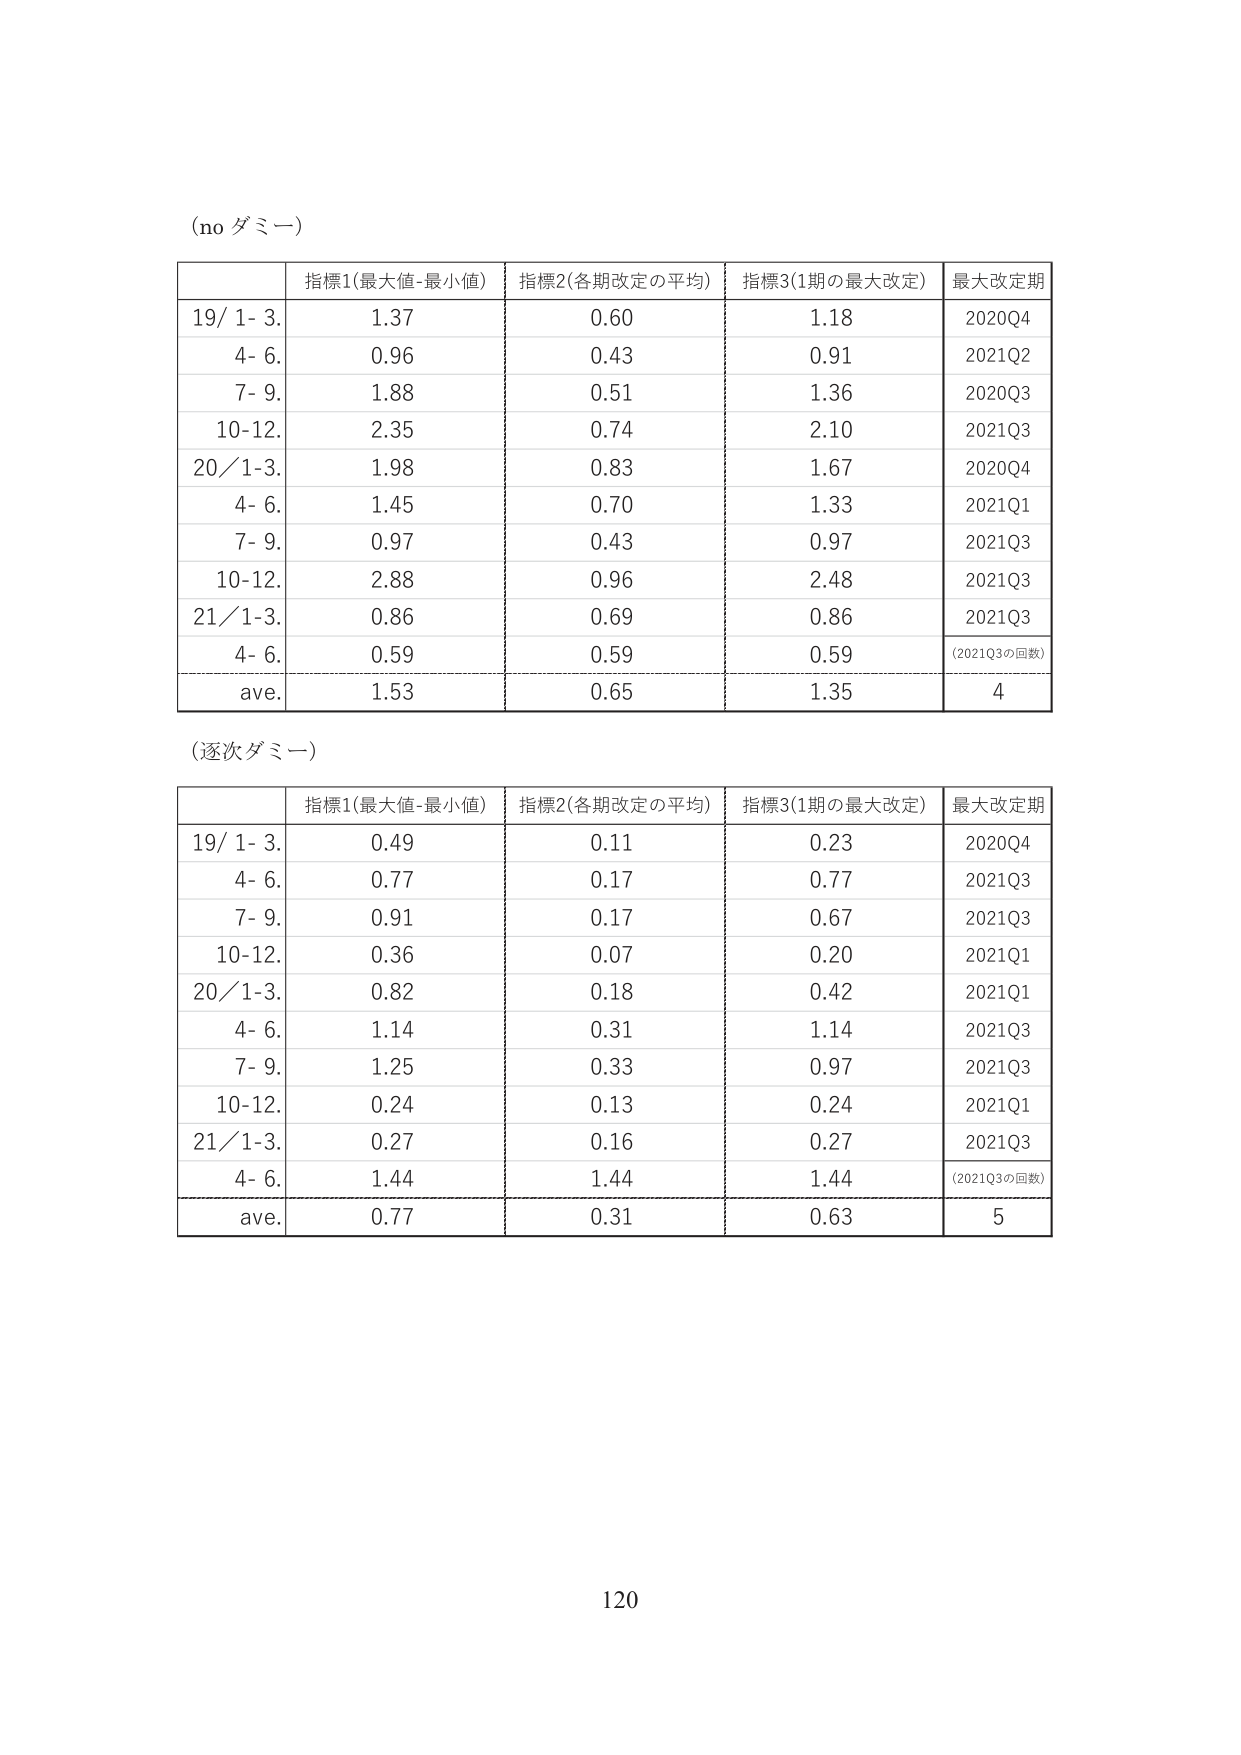
(no ダミー)

| | 指標1(最大値-最小値) | 指標2(各期改定の平均) | 指標3(1期の最大改定) | 最大改定期 |
|---|---|---|---|---|
| 19/ 1- 3. | 1.37 | 0.60 | 1.18 | 2020Q4 |
| 4- 6. | 0.96 | 0.43 | 0.91 | 2021Q2 |
| 7- 9. | 1.88 | 0.51 | 1.36 | 2020Q3 |
| 10-12. | 2.35 | 0.74 | 2.10 | 2021Q3 |
| 20/ 1-3. | 1.98 | 0.83 | 1.67 | 2020Q4 |
| 4- 6. | 1.45 | 0.70 | 1.33 | 2021Q1 |
| 7- 9. | 0.97 | 0.43 | 0.97 | 2021Q3 |
| 10-12. | 2.88 | 0.96 | 2.48 | 2021Q3 |
| 21/ 1-3. | 0.86 | 0.69 | 0.86 | 2021Q3 |
| 4- 6. | 0.59 | 0.59 | 0.59 | (2021Q3の回数) |
| ave. | 1.53 | 0.65 | 1.35 | 4 |

(逐次ダミー)

| | 指標1(最大値-最小値) | 指標2(各期改定の平均) | 指標3(1期の最大改定) | 最大改定期 |
|---|---|---|---|---|
| 19/ 1- 3. | 0.49 | 0.11 | 0.23 | 2020Q4 |
| 4- 6. | 0.77 | 0.17 | 0.77 | 2021Q3 |
| 7- 9. | 0.91 | 0.17 | 0.67 | 2021Q3 |
| 10-12. | 0.36 | 0.07 | 0.20 | 2021Q1 |
| 20/ 1-3. | 0.82 | 0.18 | 0.42 | 2021Q1 |
| 4- 6. | 1.14 | 0.31 | 1.14 | 2021Q3 |
| 7- 9. | 1.25 | 0.33 | 0.97 | 2021Q3 |
| 10-12. | 0.24 | 0.13 | 0.24 | 2021Q1 |
| 21/ 1-3. | 0.27 | 0.16 | 0.27 | 2021Q3 |
| 4- 6. | 1.44 | 1.44 | 1.44 | (2021Q3の回数) |
| ave. | 0.77 | 0.31 | 0.63 | 5 |

120